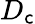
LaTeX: D_{\mathsf{c}}